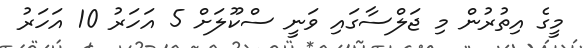
މީގެ އިތުރުން މި ޖަލްސާގައި ވަނީ ސްކޫލަށް 5 އަަހަރު 10 އަހަރު